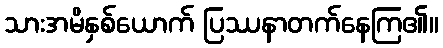
သားအမိနှစ်ယောက် ပြဿနာတက်နေကြ၏။